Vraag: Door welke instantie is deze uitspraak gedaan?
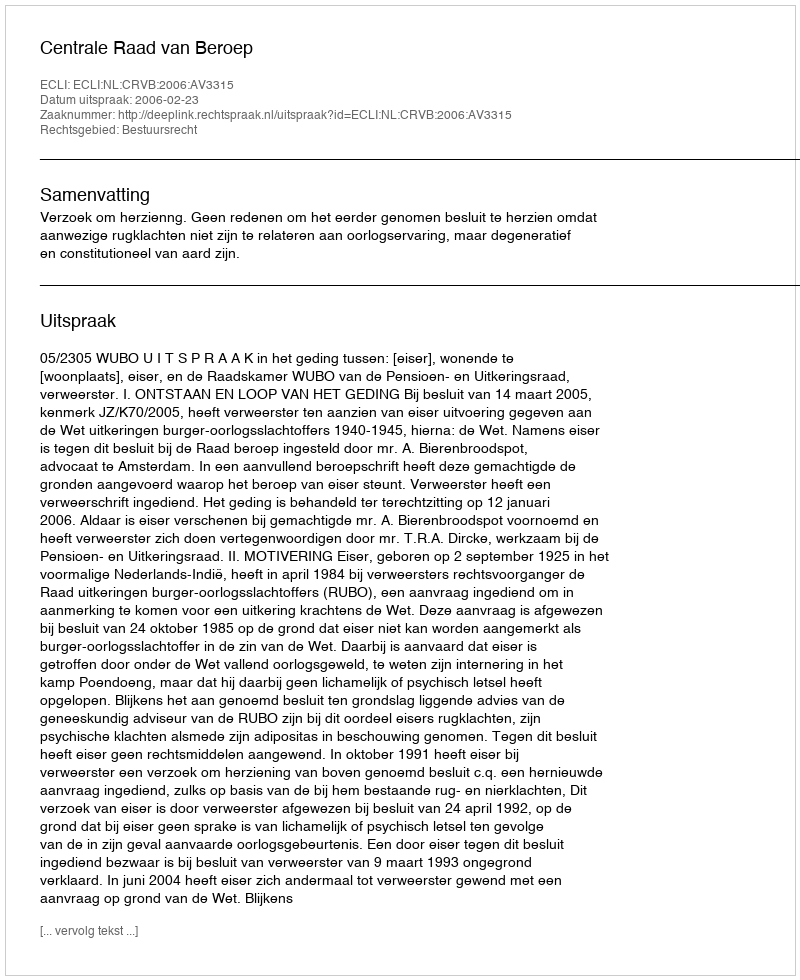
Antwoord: Centrale Raad van Beroep